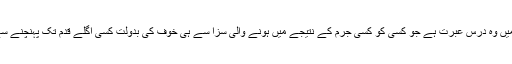
اسلام کی سزاؤں میں وہ درس عبرت ہے جو کسی کو کسی جرم کے نتیجے میں ہونے والی سزا سے ہی خوف کی بدولت کسی اگلے قدم تک پہنچنے سے روک لیتا ہے ۔